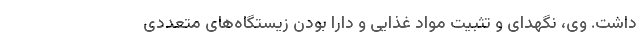
داشت. وی، نگهدای و تثبیت مواد غذایی و دارا بودن زیستگاه‌های متعددی